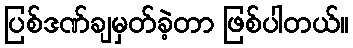
ပြစ်ဒဏ်ချမှတ်ခဲ့တာ ဖြစ်ပါတယ်။